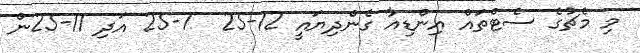
މި މެޗުގެ ސެޓްތައް އިންޑިއާ ގެންދިޔައީ 12-25  7-25 އަދި 11-25ން